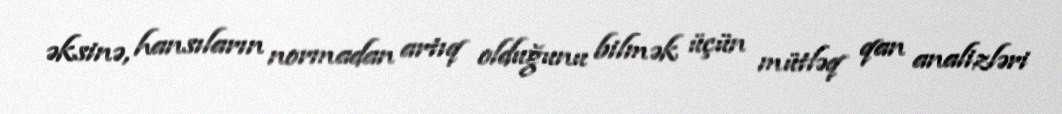
əksinə, hansıların normadan artıq olduğunu bilmək üçün mütləq qan analizləri